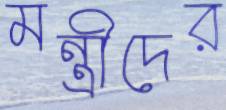
মন্ত্রীদের